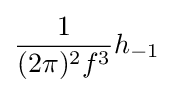
{\frac {1}{(2\pi )^{2}f^{3}}}h_{-1}